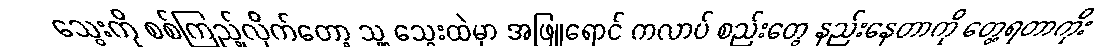
သွေးကို စစ်ကြည့်လိုက်တော့ သူ့ သွေးထဲမှာ အဖြူရောင် ကလာပ် စည်းတွေ နည်းနေတာကို တွေ့ရတာကိုး